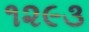
૧૨૯૩